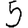
Digit: 5